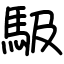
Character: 馺